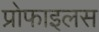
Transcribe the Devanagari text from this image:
प्रोफाइलस